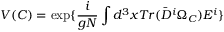
V ( C ) = \exp \{ { \frac { i } { g N } } \int d ^ { 3 } x T r ( \bar { D } ^ { i } \Omega _ { C } ) E ^ { i } \}